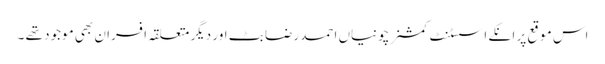
اس موقع پر انکے اسسٹنٹ کمشنر چونیاں احمد رضا بٹ اور دیگر متعلقہ افسران بھی موجود تھے ۔